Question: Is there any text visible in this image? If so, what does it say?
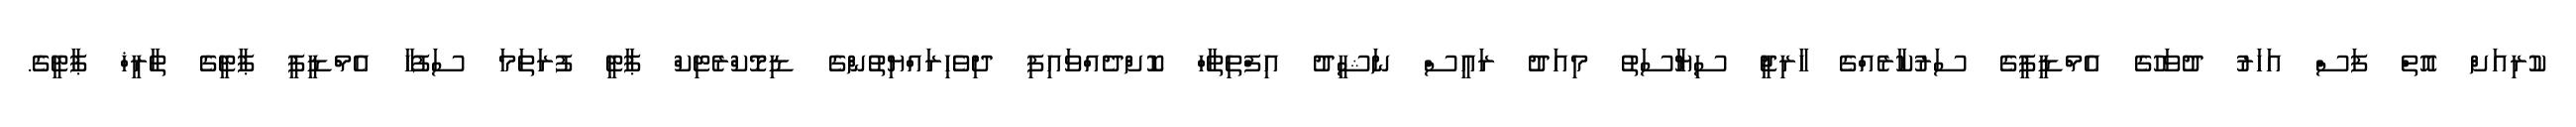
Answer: ކުރިއަށް އޮތް ފަސް އަހަރު ދުވަހުގެ އެމްޑީޕީގެ ސަރުކާރެއްގެ ހާރިޖީ ސިޔާސަތު މިއަދު ރައީސް ނަޝީދު އިފްތިތާހް ކޮށްދެއްވައިފި ދިވެހިރައްޔިތުންގެ ޑިމޮކްރެޓިކް ޕާޓީ ފުރަތަމަ ސަފުހާ އެމްޑީޕީ ޕާޓީގެ ތާރީޚް ޕާޓީގެ.